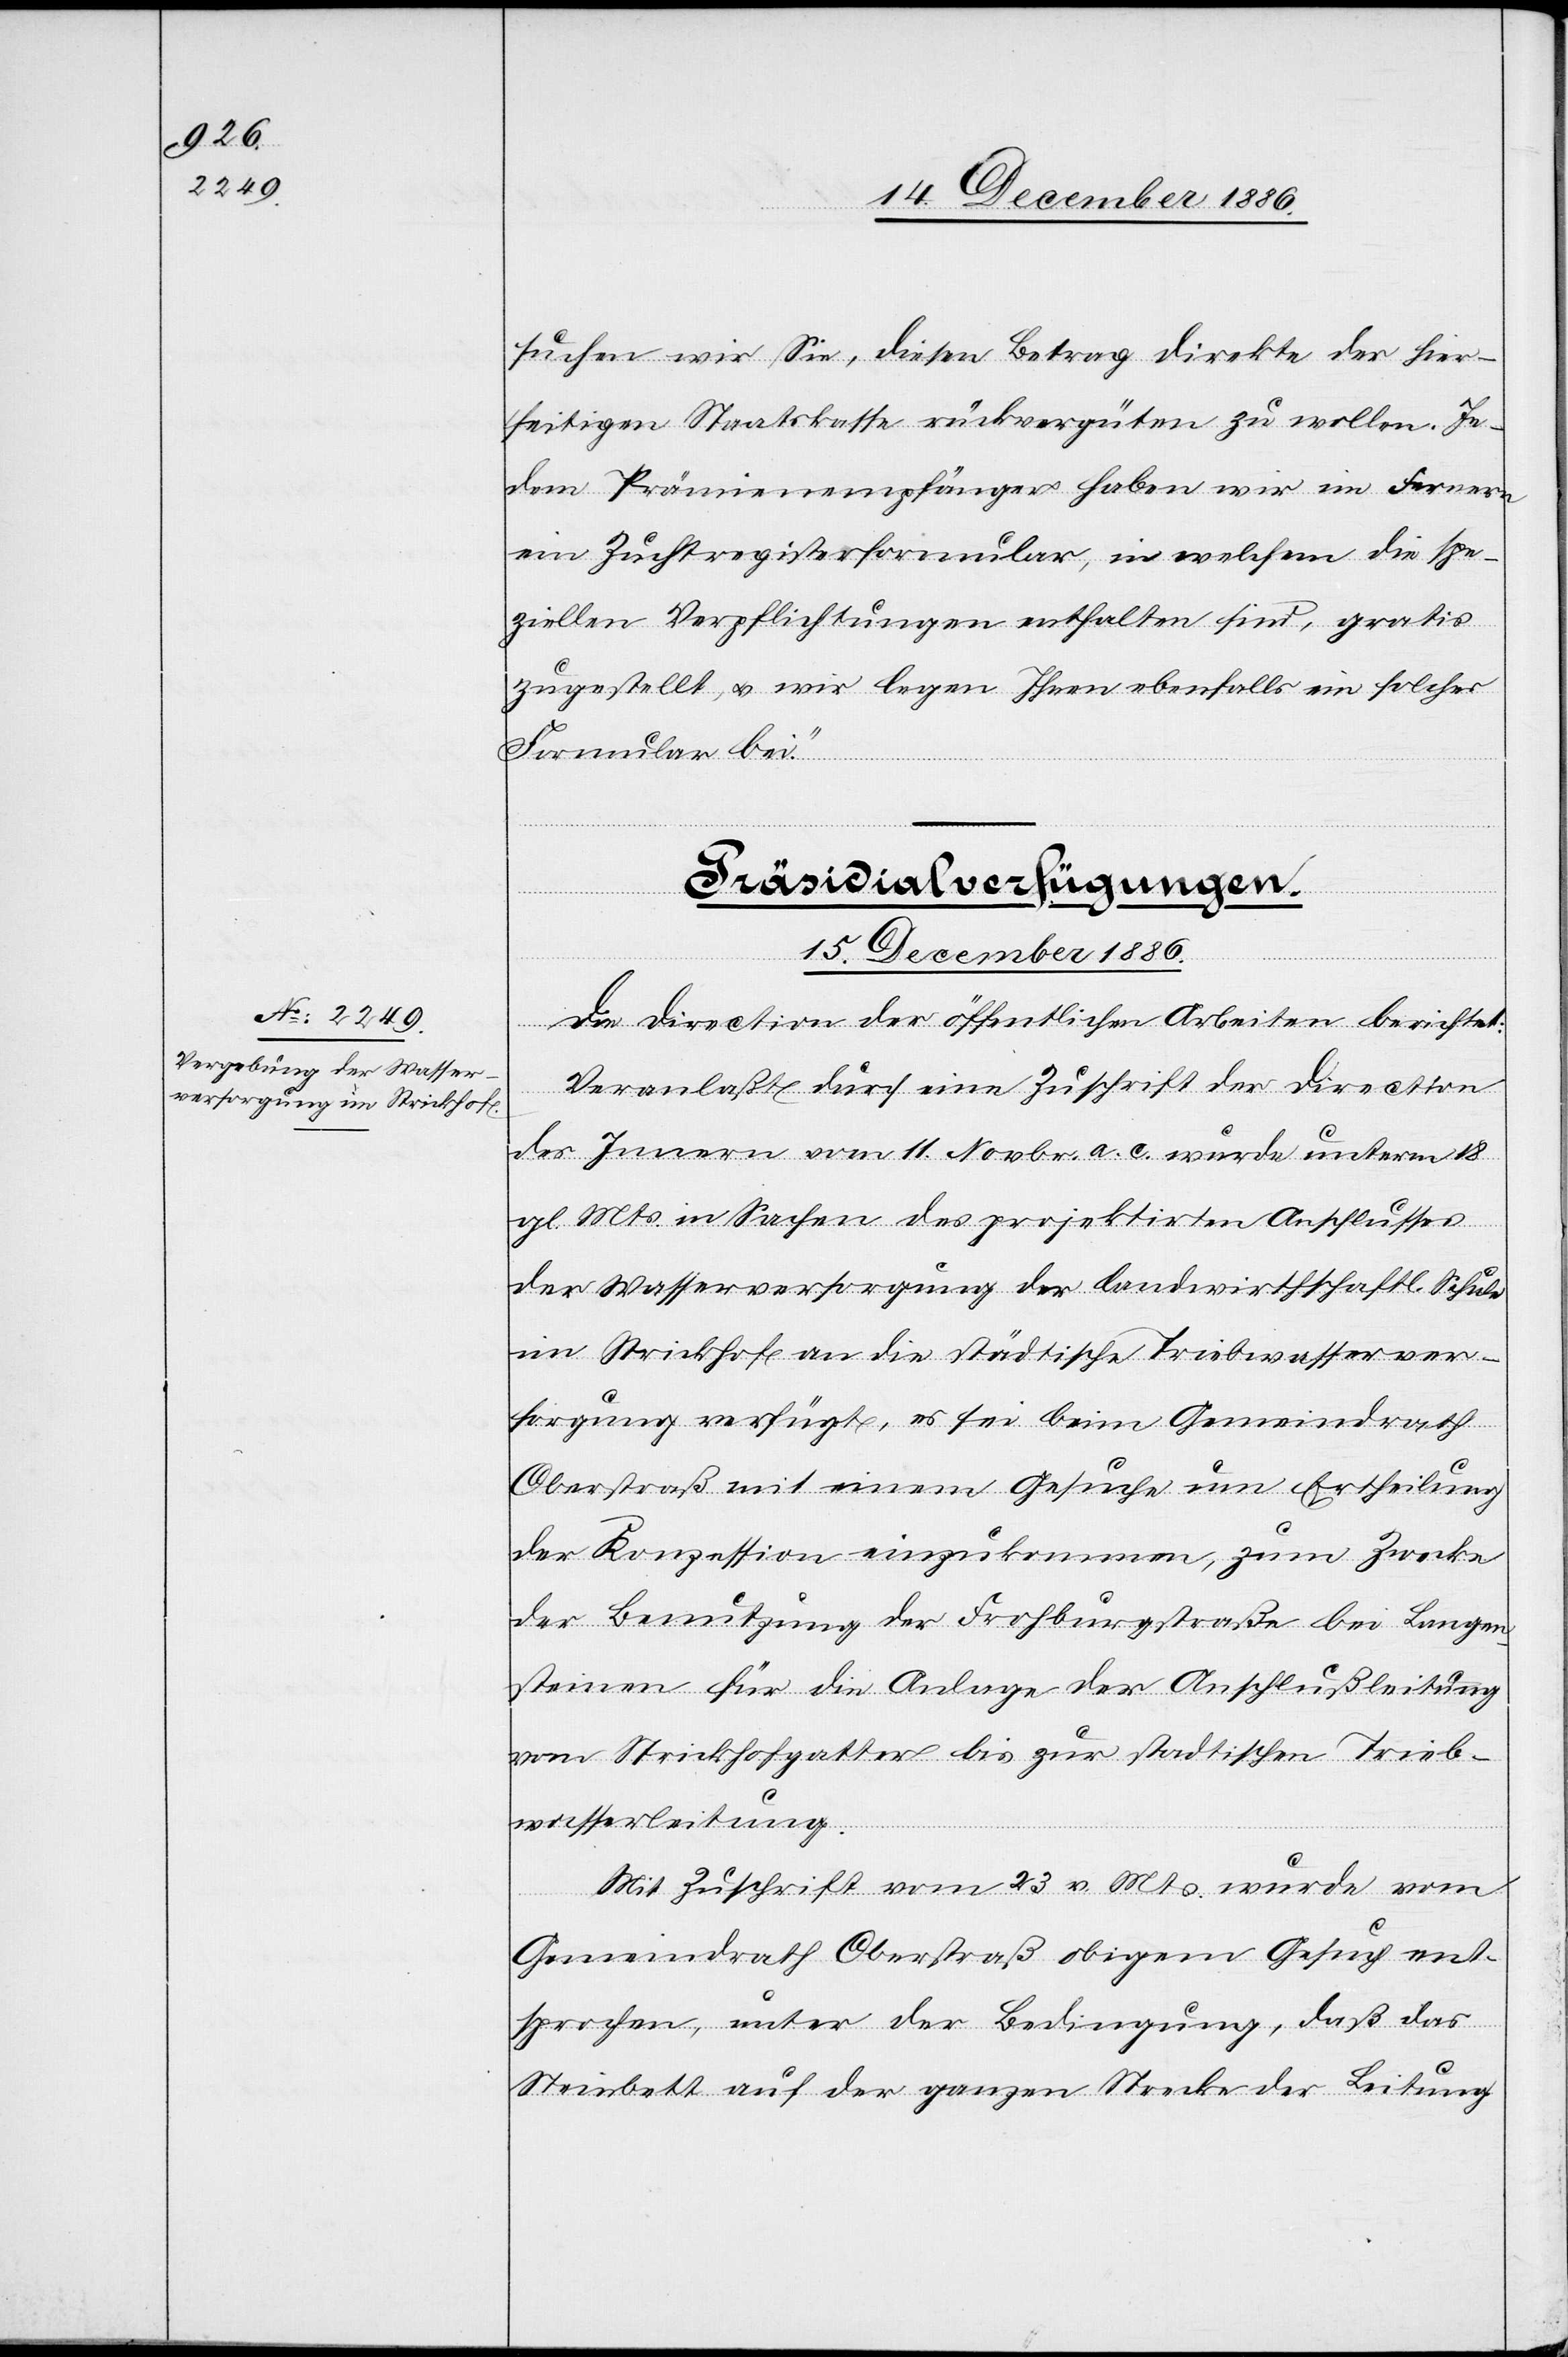
suchen wir Sie, diesen Betrag direkte der hier¬
seitigen Staatskasse rückvergüten zu wollen. Je¬
dem Prämienempfänger haben wir im Fernern
ein Zuchtregisterformular, in welchem die spe¬
ziellen Verpflichtungen enthalten sind, gratis
zugestellt, & wir legen Ihnen ebenfalls ein solches
Formular bei.“
Präsidialverfügungen.
15. Dezember 1886.
Die Direction der öffentlichen Arbeiten berichtet:
Veranlaßt durch eine Zuschrift der Direction
des Innern vom 11. Novbr. a. c. wurde unterm 18.
gl. Mts. in Sachen des projektirten Anschlusses
der Wasserversorgung der landwirthschaftl. Schule
im Strickhof an die städtische Trinkwasserver¬
sorgung verfügt, es sei beim Gemeindrath
Trink¬
Oberstraß mit einem Gesuche um Ertheilung
der Konzession einzukommen, zum Zwecke
der Benutzung der Frohburgstraße bei Langen¬
steinen für die Anlage der Anschlußleitung
vom Strickhofgatter bis zur stadtischen [sic!]
wasserleitung.
Mit Zuschrift vom 23. v. Mts. wurde vom
Gemeindrath Oberstraß obigem Gesuch ent¬
sprochen, unter der Bedingung, daß das
Steinbett auf der ganzen Strecke der Leitung